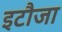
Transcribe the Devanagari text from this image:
इटौजा